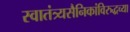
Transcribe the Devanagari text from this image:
स्वातंत्र्यसैनिकांविरुद्धच्या